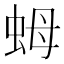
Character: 𧉯